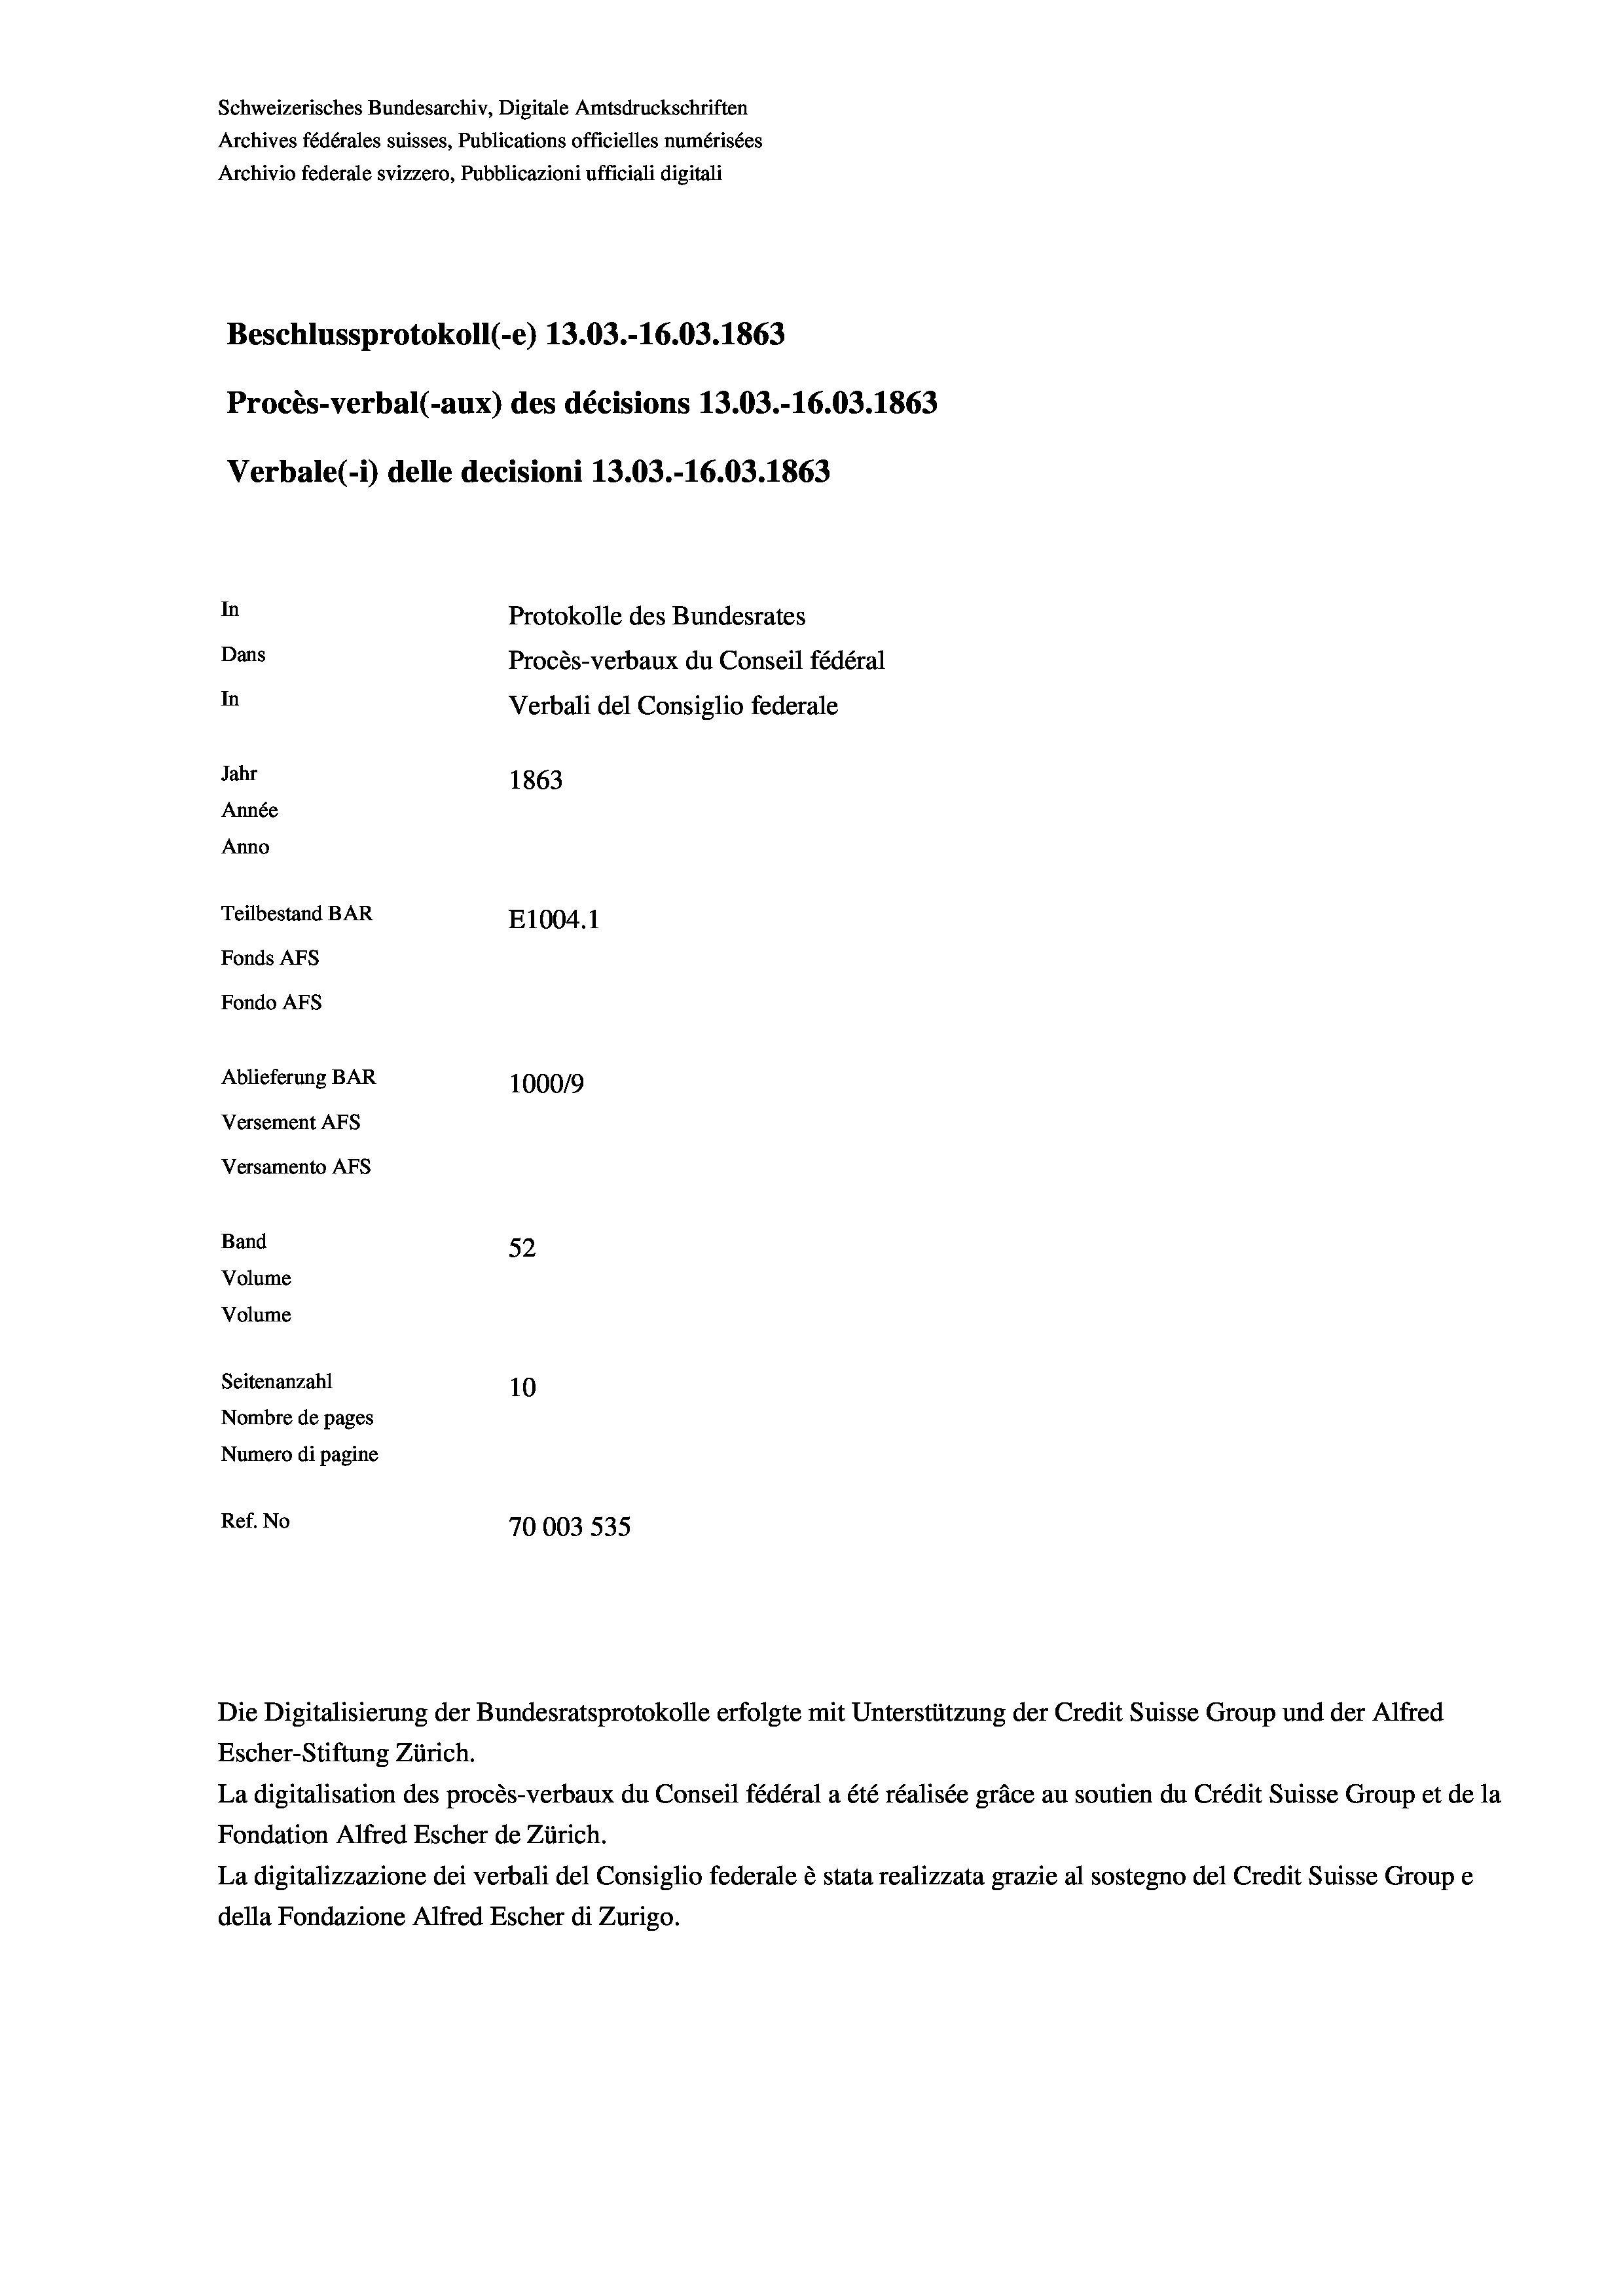
Schweizerisches Bundesarchiv, Digitale Amtsdruckschriften
Archives fédérales suisses, Publications officielles numérisées
Archivio federale svizzero, Pubblicazioni ufficiali digitali
Beschlussprotokoll (-e) 13.03.-16.03. 1863
Procès-verbal (-aux) des décisions 13.03.-16.03. 1863
Verbale(1) delle decisioni 13.03.-16.03. 1863
In
Protokolle des Bundesrates
Dans
Procès-verbaux du Conseil fédéral
In
Verbali del Consiglio federale
Jahr
1863
Année
Anno
Teilbestand BAR
E1004. 1
Fonds AFs
Fondo AFs
Ablieferung BAR
100019
Versement AFs
Versamento Afs
Band
52
Volume
Volume
Seitenanzahl
10
Nombre de pages
Numero di pagine
Ref. No
70003 535

Escher-Stiftung Zürich.
La digitalisation des procès-verbaux du Conseil fédéral a été réalisée gräce au soutien du Crédit Suisse Group et de la
Fondation Alfred Escher de Zürich.
La digitalizzazione dei verbali del Consiglio federale è stata realizzata grazie al sostegno del Credit Suisse Groupe
della Fondazione Alfred Escher di Zurigo.

Die Digitalisierung der Bundesratsprotokolle erfolgte mit Unterstützung der Credit Suisse Group und der Alfred